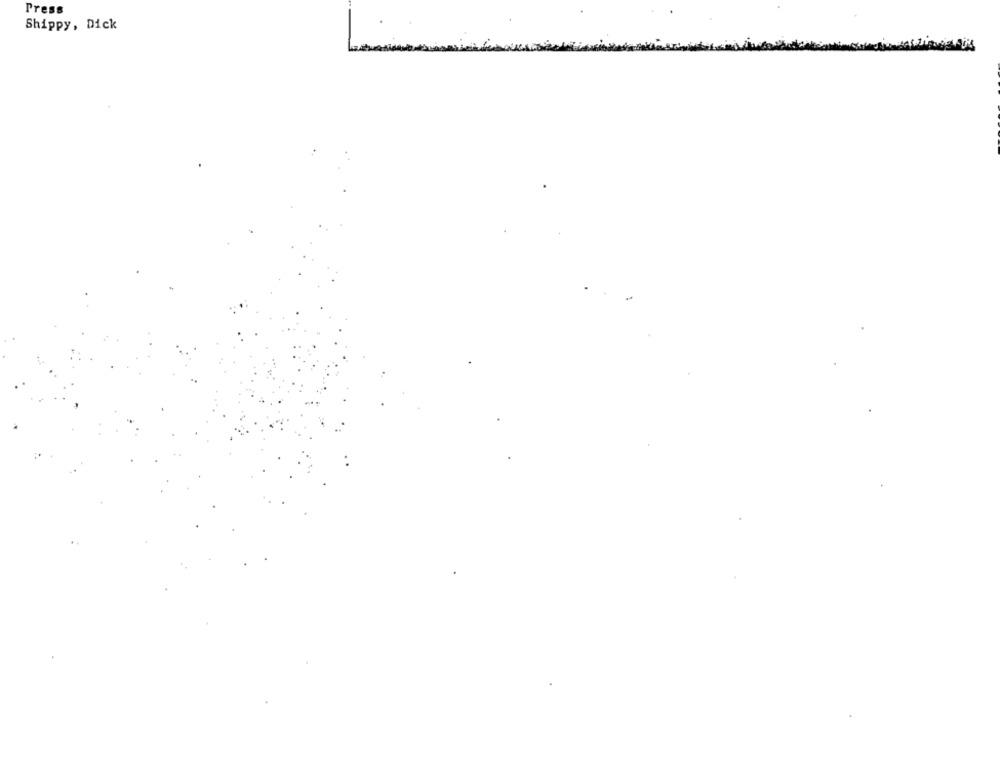
Press
Shippy, Dick